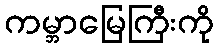
ကမ္ဘာမြေကြီးကို